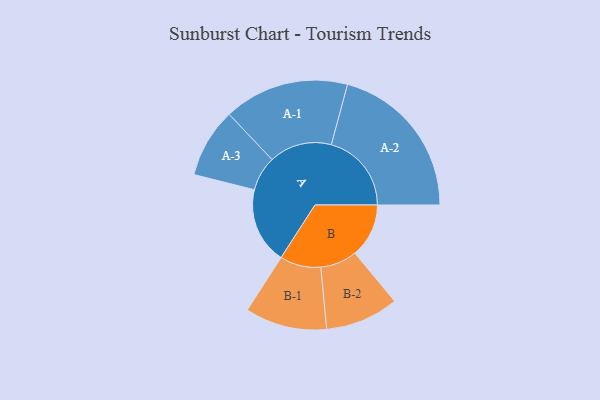
{"axis": {"x": "Segment", "y": "Value"}, "legend": ["", "A", "B"], "data": [{"x": "A", "y": 235, "type": ""}, {"x": "B", "y": 166, "type": ""}, {"x": "A-1", "y": 193, "type": "A"}, {"x": "A-2", "y": 247, "type": "A"}, {"x": "A-3", "y": 107, "type": "A"}, {"x": "B-1", "y": 126, "type": "B"}, {"x": "B-2", "y": 113, "type": "B"}]}